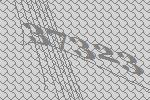
37323